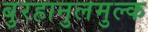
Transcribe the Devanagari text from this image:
बुरहानुलमुल्क